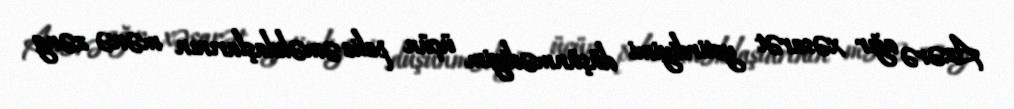
Azərə ağır xəsarət yetirdiyimi düşünmədiyim üçün polis əməkdaşlarının mənə zəng